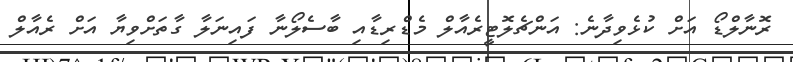
ރޮނާލްޑޯ އަށް ކުޅެވިދާނެ: އަންޗެލޮޓީރެއާލް މެޑްރިޑާއި ބާސެލޯނާ ފައިނަލާ ގާތަށްވިޔާ އަށް ރެއާލް